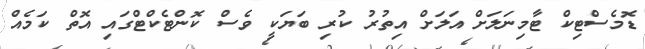
ޑޮމެސްޓިކް ޓާމިނަލަށް އަލަށް އިތުރު ކުރި ބަޔަކީ ވެސް ކޮންޓެކްޓްގައި އޮތް ކަމެއް